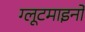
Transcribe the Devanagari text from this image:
ग्लूटमाइनों